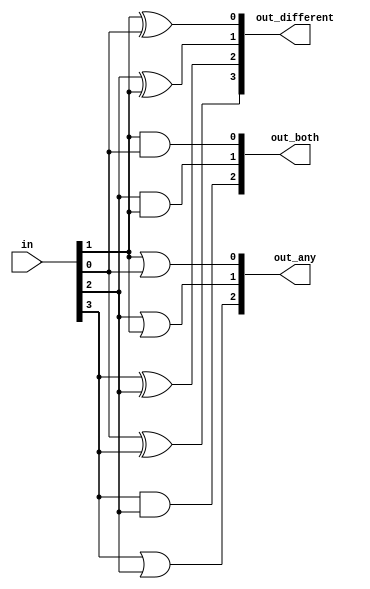
module top_module( 
    input [3:0] in,
    output [2:0] out_both,
    output [3:1] out_any,
    output [3:0] out_different );

    assign out_both ={in[3]&in[2],in[2]&in[1],in[1]&in[0]};
    assign out_any ={in[3]|in[2],in[2]|in[1],in[1]|in[0]};
    assign out_different ={in[0]^in[3],in[3]^in[2],in[2]^in[1],in[1]^in[0]};
endmodule